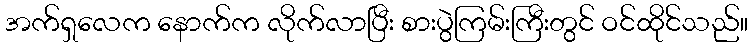
အက်ရှလေက နောက်က လိုက်လာပြီး စားပွဲကြမ်းကြီးတွင် ဝင်ထိုင်သည်။